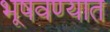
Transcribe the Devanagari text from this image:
भूषवण्यात